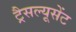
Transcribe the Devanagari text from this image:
ट्रैसल्यूसेंट